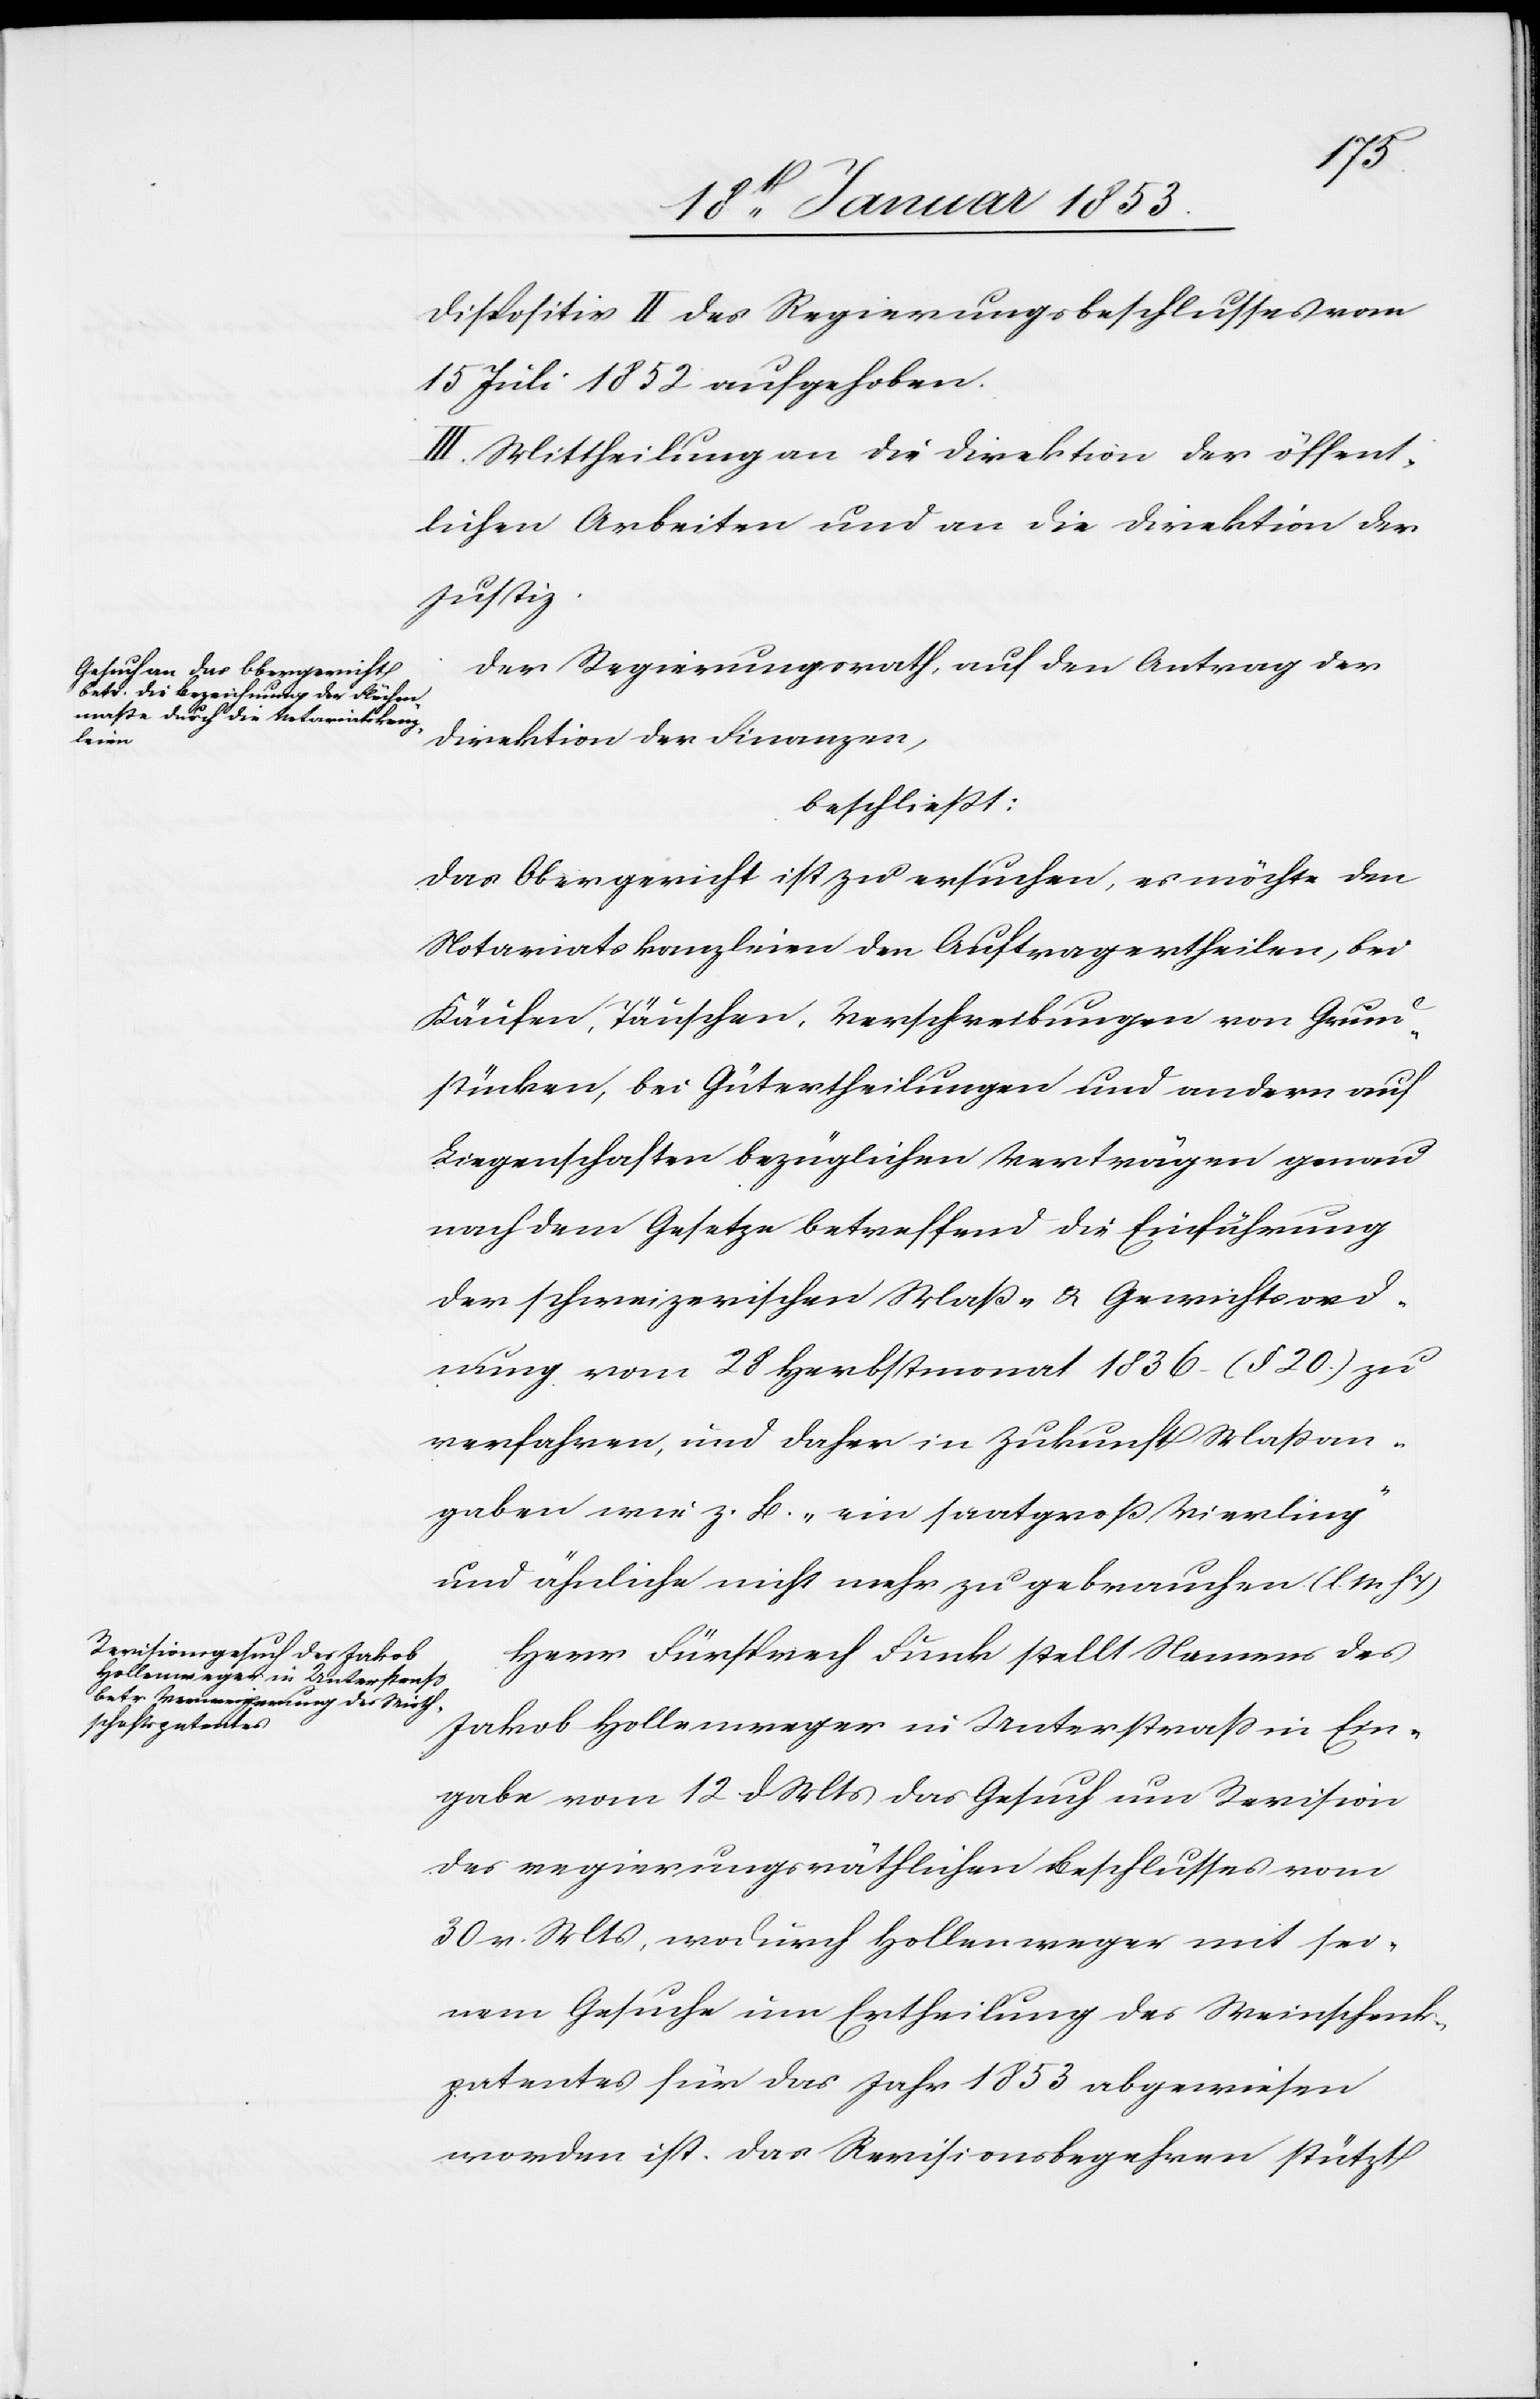
Dispositiv II des Regierungsbeschlusses vom
15 Juli 1852 aufgehoben.
III. Mittheilung an die Direktion der öffent¬
lichen Arbeiten und an die Direktion der
Justiz.
Der Regierungsrath, auf den Antrag der
Direktion der Finanzen,
beschließt:
das Obergericht ist zu ersuchen, es möchte den
Notariatskanzleien den Auftrag ertheilen, bei
Käufen, Täuschen, Verschreibungen von Grund¬
stücken, bei Gütertheilungen und andern auf
Liegenschaften bezüglichen Verträgen genau
nach dem Gesetze betreffend die Einführung
der schweizerischen Maß- und Gewichtsord¬
nung vom 28. Herbstmonat 1836. (§. 20) zu
verfahren, und daher in Zukunft Maßan¬
gaben wie z. B. “ein saatgroß Vierling“
und ähnliche nicht mehr zu gebrauchen [l. M.
Herr Fürsprech Funk stellt Namens des
Jakob Hollenweger in Unterstraß in Ein¬
gabe vom 12 d. Mts. das Gesuch um Revision
des regierungsräthlichen Beschlusses vom
30 v. Mts., wodurch Hollenweger mit sei¬
nem Gesuche um Ertheilung des Weinschenk¬
patentes für das Jahr 1853 abgewiesen
worden ist. Das Revisionsbegehren stützt